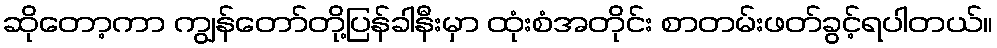
ဆိုတော့ကာ ကျွန်တော်တို့ပြန်ခါနီးမှာ ထုံးစံအတိုင်း စာတမ်းဖတ်ခွင့်ရပါတယ်။